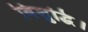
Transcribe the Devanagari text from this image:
विशुद्धि।